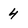
Character: 4